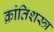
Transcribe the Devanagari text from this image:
क्रांतिशस्त्र